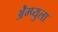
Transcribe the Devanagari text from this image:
ॲेम्प्युला